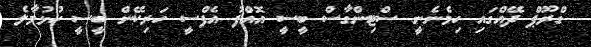
ގްރޫޕް ދޭއްގައި ހިމެނެނީ ސްޓިންގާސް ބީސީ އޮއްފު އެފްސީ ހަރިކޭން ބީސީ ހުޅުމާލެ